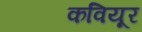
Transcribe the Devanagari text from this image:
कवियूर